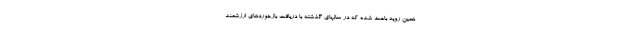
همین رویه باعث شده که در سالهای گذشته با دریافت بازخوردهای ارزشمند